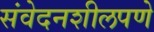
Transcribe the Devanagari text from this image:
संवेदनशीलपणे